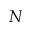
N